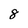
Character: 8